65_HS1-834228961_62-HQ-83894_Serial_130
Agency: FBI
Page 70
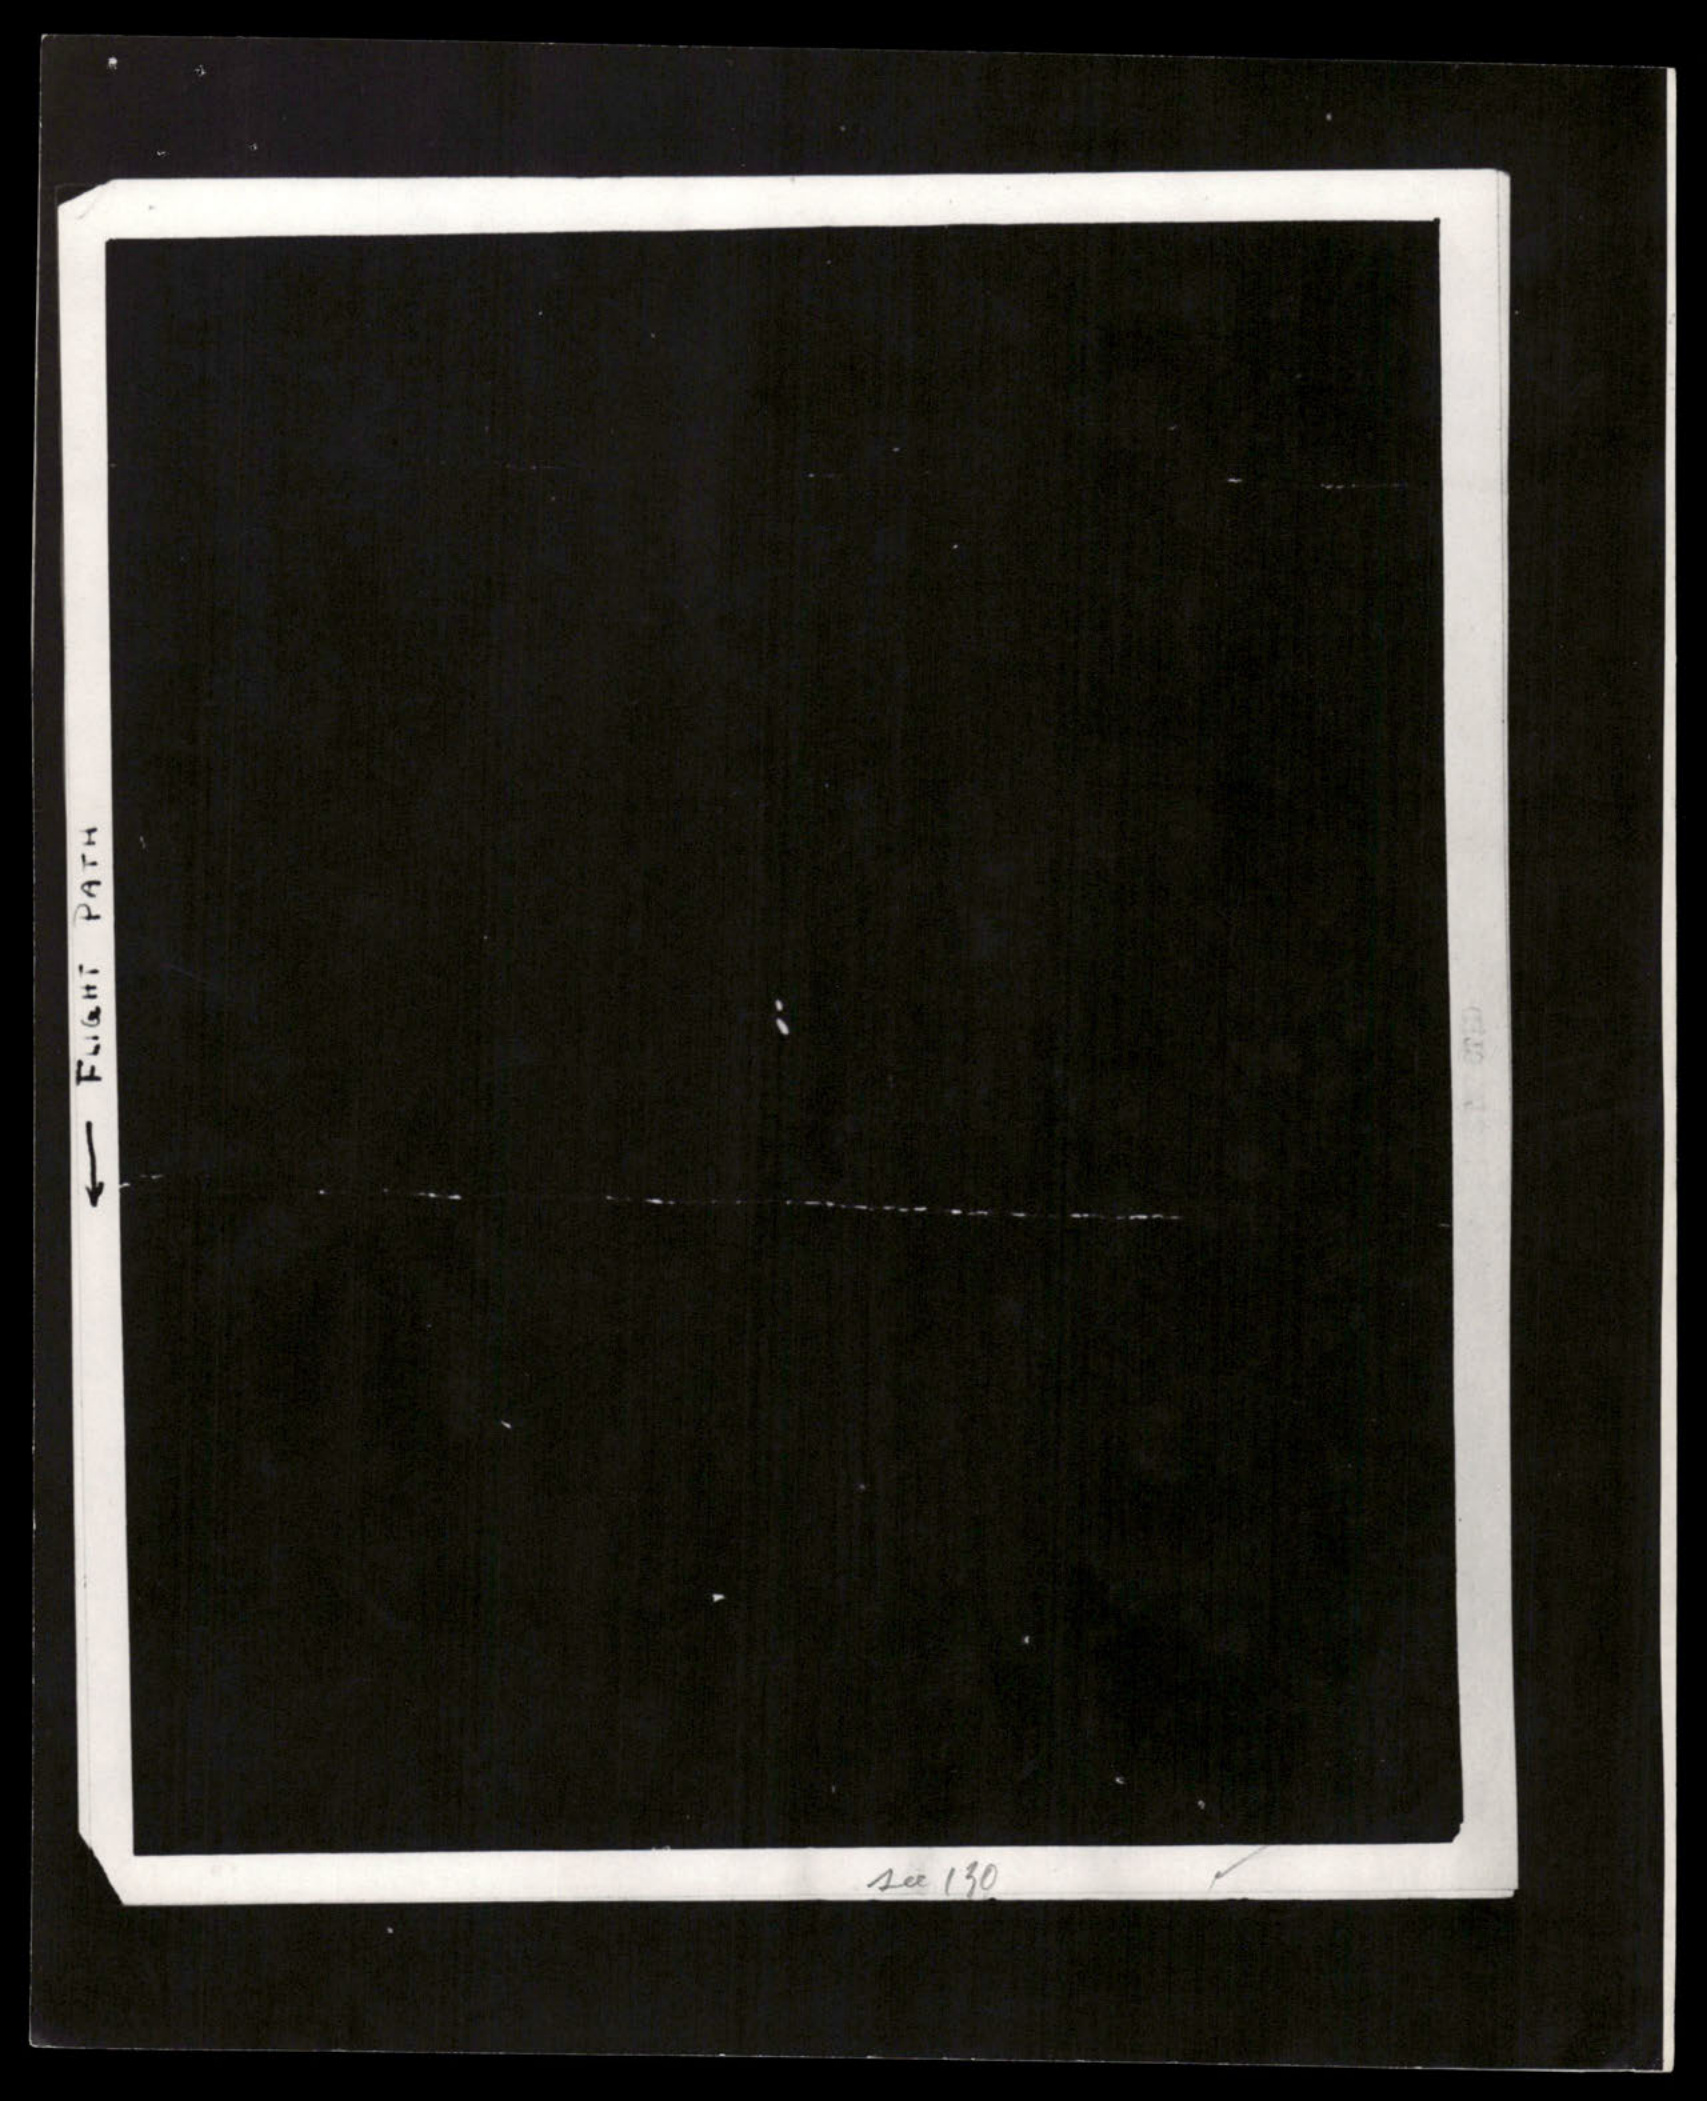